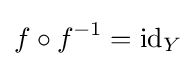
f\circ f^{-1}=\operatorname {id} _{Y}